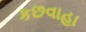
કછવાહા